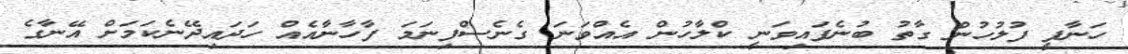
ހަނާފީ ފުލުހުން ގާތު ބުނެފައިވަނީ ކްލާހުން އެއްވަނަ ގެނެސްފިނަމަ ފާހާނާއެއް ހަދައިދޭނެކަމަށް އޭނާގެ